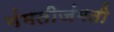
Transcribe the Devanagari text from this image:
गंमतीजंमती